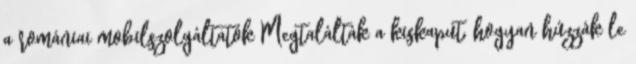
a romániai mobilszolgáltatók Megtalálták a kiskaput, hogyan húzzák le